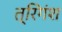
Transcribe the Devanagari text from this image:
त्रिगंश